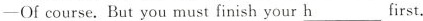
—Of course. But you must finish your h___first.